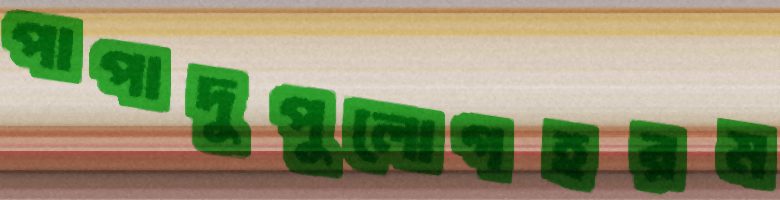
পাপাদুপুলোগহরম